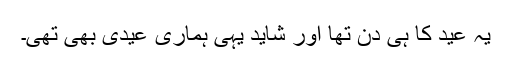
یہ عید کا ہی دن تھا اور شاید یہی ہماری عیدی بھی تھی۔